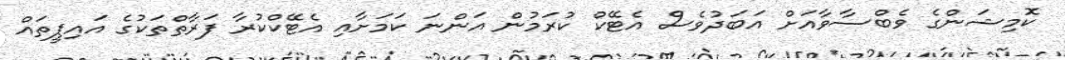
ކޮމިޝަންގެ ވެބްސާވާއަށް އަބަދުވެސް އެޓޭކް ކުރަމުން އަންނަ ކަމަށާއި އެޓޭކްކުރާ ފަރާތްތަކުގެ އައިޕީތައް